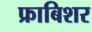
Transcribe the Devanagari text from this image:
फ्राबिशर